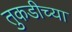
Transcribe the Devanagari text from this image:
तुकडीच्या